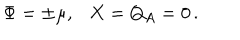
LaTeX: \Phi = \pm \mu , X = Q _ { A } = 0 \, .